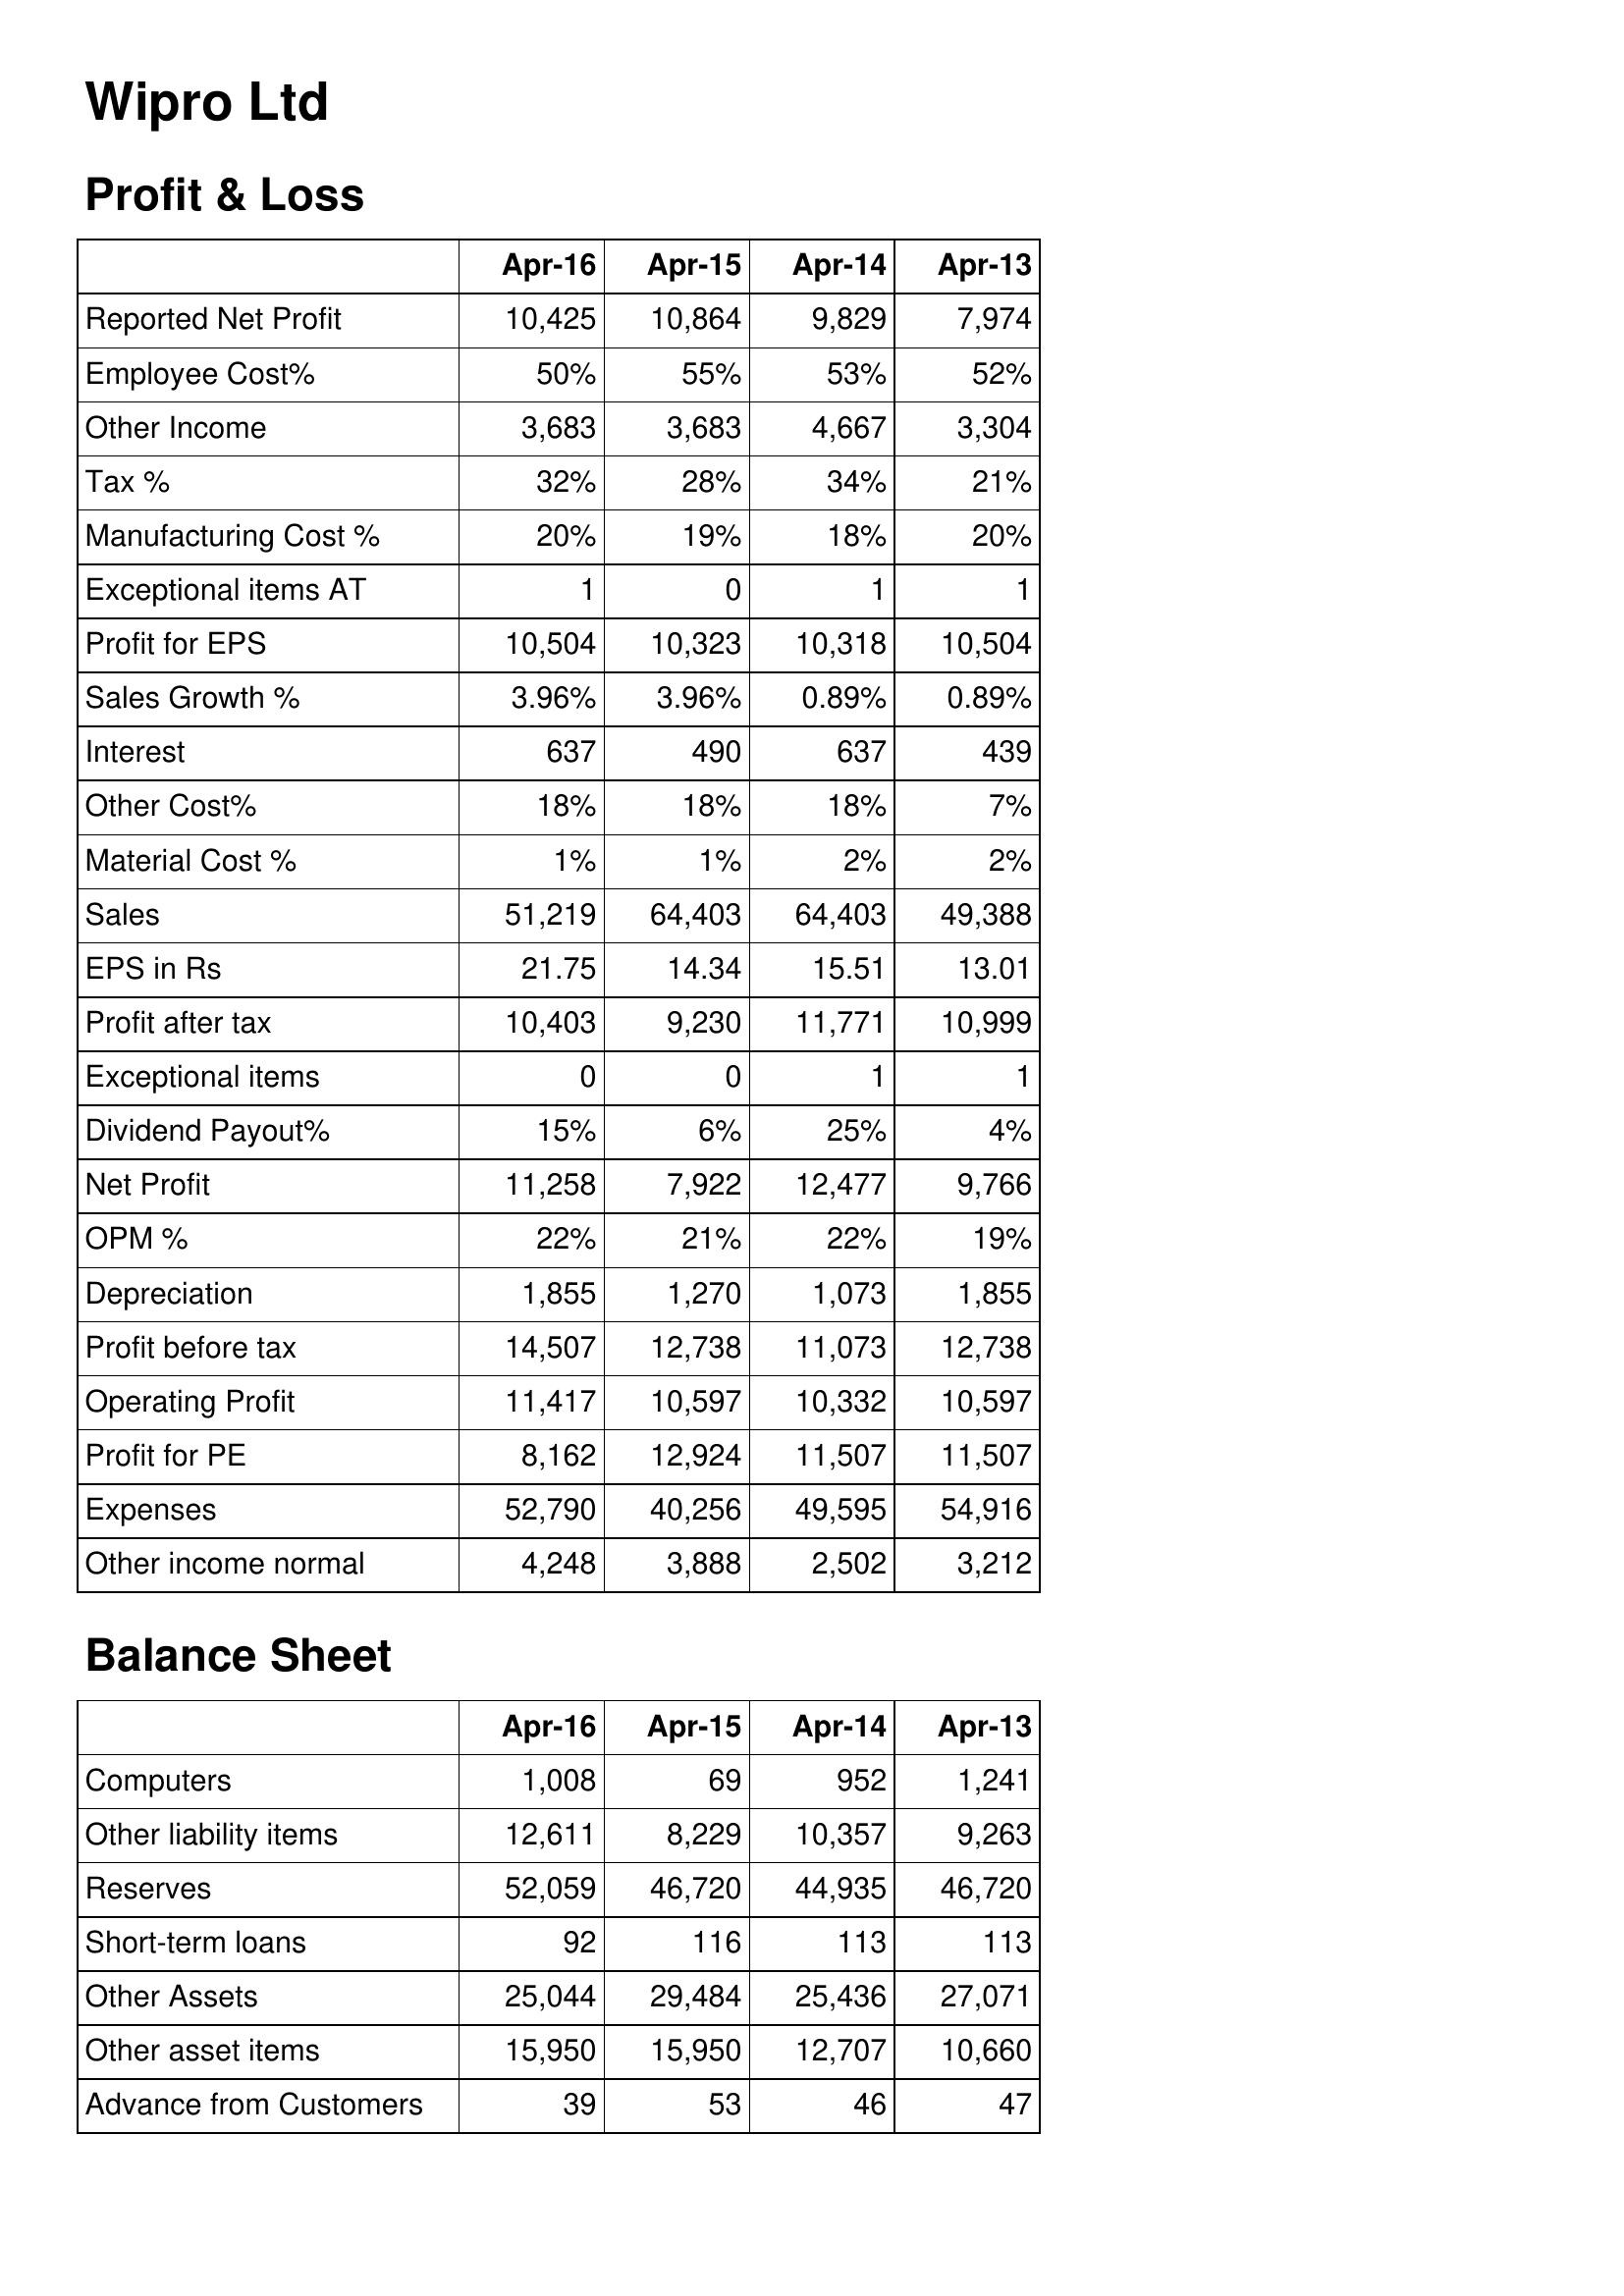
Apr-16: Profit & Loss: Reported Net Profit: 10,425
Employee Cost%: 50%
Other Income: 3,683
Tax %: 32%
Manufacturing Cost %: 20%
Exceptional items AT: 1
Profit for EPS: 10,504
Sales Growth %: 3.96%
Interest: 637
Other Cost%: 18%
Material Cost %: 1%
Sales: 51,219
EPS in Rs: 21.75
Profit after tax: 10,403
Exceptional items: 0
Dividend Payout%: 15%
Net Profit: 11,258
OPM %: 22%
Depreciation: 1,855
Profit before tax: 14,507
Operating Profit: 11,417
Profit for PE: 8,162
Expenses: 52,790
Other income normal: 4,248
Balance Sheet: Computers: 1,008
Other liability items: 12,611
Reserves: 52,059
Short-term loans: 92
Other Assets: 25,044
Other asset items: 15,950
Advance from Customers: 39
Apr-15: Profit & Loss: Reported Net Profit: 10,864
Employee Cost%: 55%
Other Income: 3,683
Tax %: 28%
Manufacturing Cost %: 19%
Exceptional items AT: 0
Profit for EPS: 10,323
Sales Growth %: 3.96%
Interest: 490
Other Cost%: 18%
Material Cost %: 1%
Sales: 64,403
EPS in Rs: 14.34
Profit after tax: 9,230
Exceptional items: 0
Dividend Payout%: 6%
Net Profit: 7,922
OPM %: 21%
Depreciation: 1,270
Profit before tax: 12,738
Operating Profit: 10,597
Profit for PE: 12,924
Expenses: 40,256
Other income normal: 3,888
Balance Sheet: Computers: 69
Other liability items: 8,229
Reserves: 46,720
Short-term loans: 116
Other Assets: 29,484
Other asset items: 15,950
Advance from Customers: 53
Apr-14: Profit & Loss: Reported Net Profit: 9,829
Employee Cost%: 53%
Other Income: 4,667
Tax %: 34%
Manufacturing Cost %: 18%
Exceptional items AT: 1
Profit for EPS: 10,318
Sales Growth %: 0.89%
Interest: 637
Other Cost%: 18%
Material Cost %: 2%
Sales: 64,403
EPS in Rs: 15.51
Profit after tax: 11,771
Exceptional items: 1
Dividend Payout%: 25%
Net Profit: 12,477
OPM %: 22%
Depreciation: 1,073
Profit before tax: 11,073
Operating Profit: 10,332
Profit for PE: 11,507
Expenses: 49,595
Other income normal: 2,502
Balance Sheet: Computers: 952
Other liability items: 10,357
Reserves: 44,935
Short-term loans: 113
Other Assets: 25,436
Other asset items: 12,707
Advance from Customers: 46
Apr-13: Profit & Loss: Reported Net Profit: 7,974
Employee Cost%: 52%
Other Income: 3,304
Tax %: 21%
Manufacturing Cost %: 20%
Exceptional items AT: 1
Profit for EPS: 10,504
Sales Growth %: 0.89%
Interest: 439
Other Cost%: 7%
Material Cost %: 2%
Sales: 49,388
EPS in Rs: 13.01
Profit after tax: 10,999
Exceptional items: 1
Dividend Payout%: 4%
Net Profit: 9,766
OPM %: 19%
Depreciation: 1,855
Profit before tax: 12,738
Operating Profit: 10,597
Profit for PE: 11,507
Expenses: 54,916
Other income normal: 3,212
Balance Sheet: Computers: 1,241
Other liability items: 9,263
Reserves: 46,720
Short-term loans: 113
Other Assets: 27,071
Other asset items: 10,660
Advance from Customers: 47